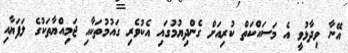
އޭނާ ވިދާޅުވީ އެ މަސައްކަތް ކުރިއަށް ގެންދިޔުމުގައި އެކުވެރި ގައުމުތަކާއި ޖަމިއްޔާތަކުގެ ލަފަޔާއި